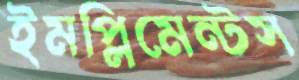
ইমপ্লিমেন্টস